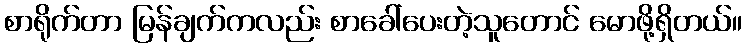
စာရိုက်တာ မြန်ချက်ကလည်း စာခေါ်ပေးတဲ့သူတောင် မောဖို့ရှိတယ်။